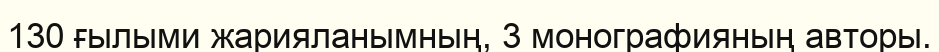
130 ғылыми жарияланымның, 3 монографияның авторы.